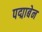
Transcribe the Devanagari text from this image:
पद्माबेन